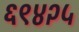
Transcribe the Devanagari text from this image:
६९४२५